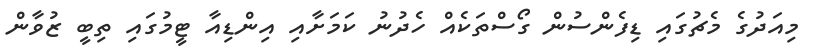
މިއަދުގެ މެޗުގައި ޑިފެންސުން ގޯސްތަކެއް ހެދުނު ކަމަށާއި އިންޑިއާ ޓީމުގައި ތިބީ ޒުވާން